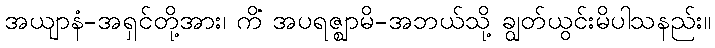
အယျာနံ-အရှင်တို့အား၊ ကိံ အပရဇ္ဈာမိ-အဘယ်သို့ ချွတ်ယွင်းမိပါသနည်း။